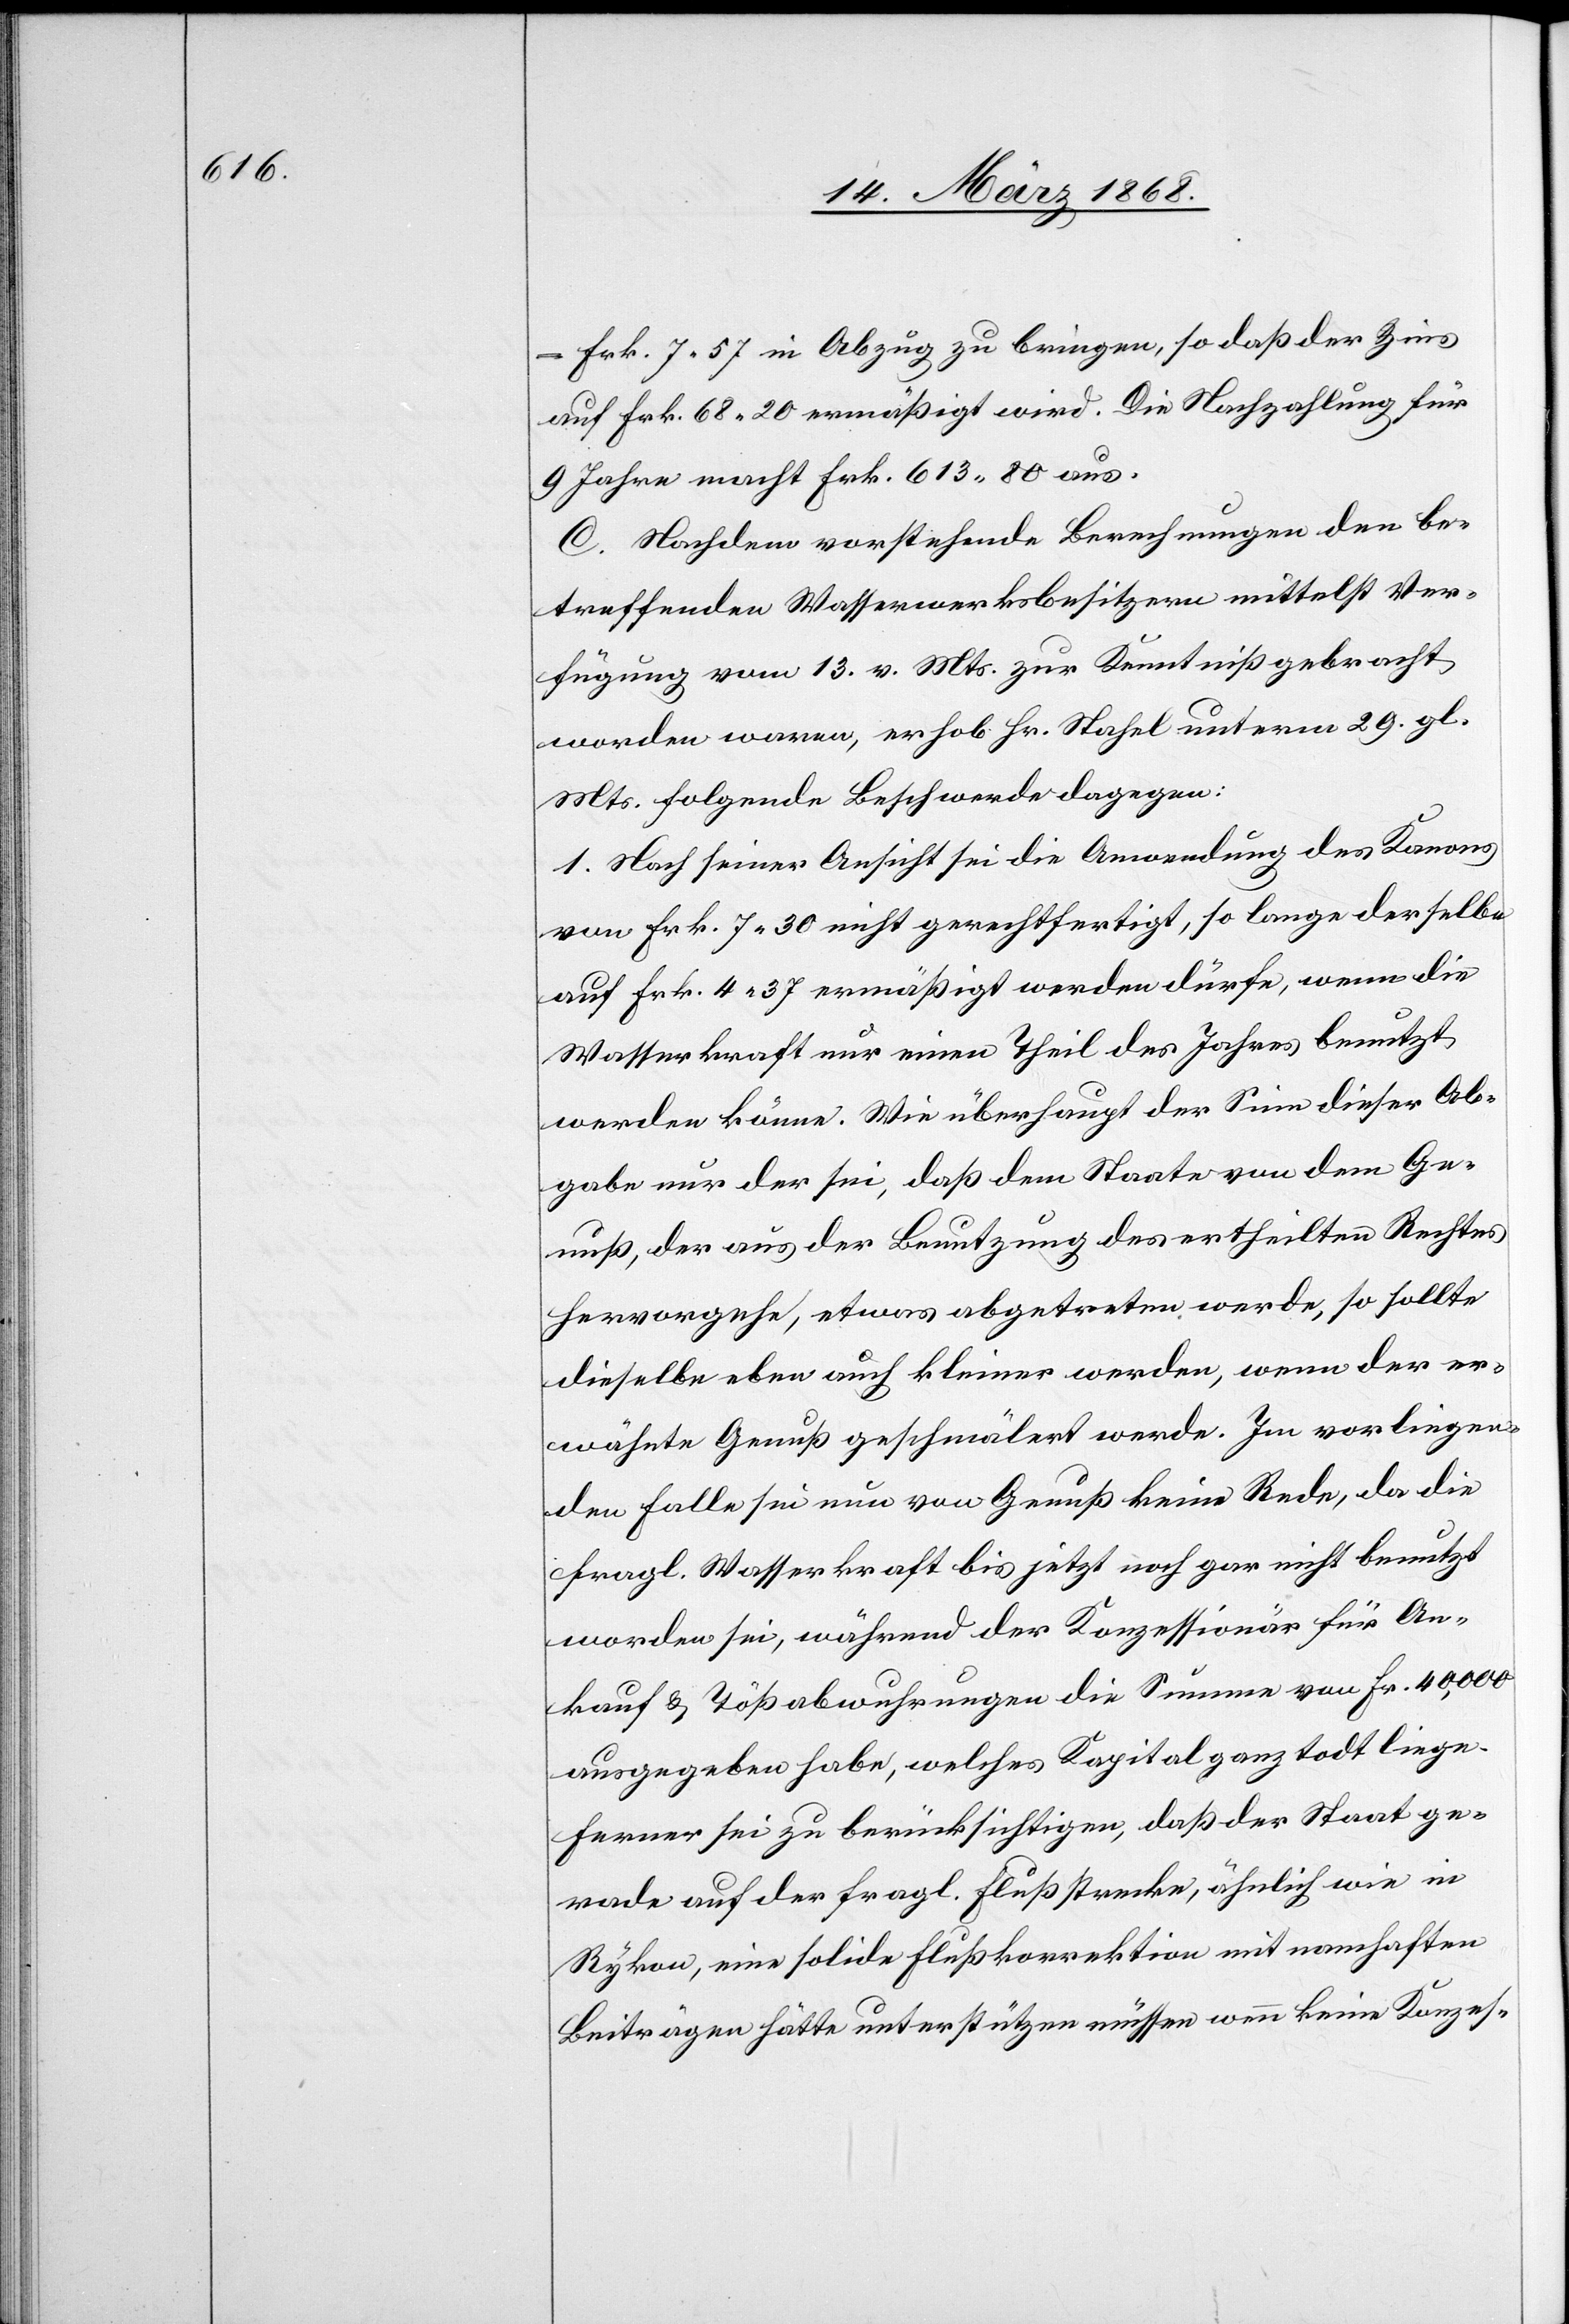
Frk. 7. 57 in Abzug zu bringen, so daß der Zins
auf Frk. 68. 20 ermäßigt wird. Die Nachzahlung für
9 Jahre macht Frk. 613. 80 aus.
C. Nachdem vorstehende Berechnungen den be¬
treffenden Wasserwerksbesitzern mittelst Ver¬
fügung vom 13. v. Mts. zur Kenntniß gebracht
worden waren, erhob Hr. Stahel unterm 29. gl.
Mts. folgende Beschwerde dagegen:
1. Nach seiner Ansicht sei die Anwendung des Kanons
von Frk. 7. 30 nicht gerechtfertigt, so lange derselbe
auf Frk. 4. 37 ermäßigt werden dürfe, wenn die
Wasserkraft nur einen Theil des Jahres benutzt
werden könne. Wie überhaupt der Sinn dieser Ab¬
gabe nur der sei, daß dem Staate von dem Ge¬
nuß, der aus der Benutzung des ertheilten Rechtes
hervorgehe, etwas abgetreten werde, so sollte
dieselbe eben auch kleiner werden, wenn der er¬
wähnte Genuß geschmälert werde. Im vorliegen¬
den Falle sei nun von Genuß keine Rede, da die
fragl. Wasserkraft bis jetzt noch gar nicht benutzt
worden sei, während der Konzessionär für An¬
kauf & Tößabwuhrungen die Summe von Fr. 40,000
ausgegeben habe, welches Kapital ganz todt liege.
Ferner sei zu berücksichtigen, daß der Staat ge¬
rade auf der fragl. Flußstrecke, ähnlich wie in
Rykon, eine solide Flußkorrektion mit namhaften
Beiträgen hätte unterstützen müssen wenn keine Konzes-